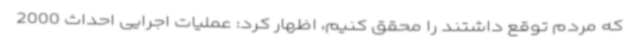
که مردم توقع داشتند را محقق کنیم، اظهار کرد: عملیات اجرایی احداث 2000